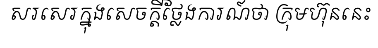
សរសេរក្នុងសេចក្តីថ្លែងការណ៍ថា ក្រុមហ៊ុននេះ